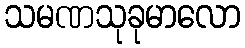
သမဏသုခုမာလော